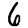
Digit: 6